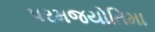
પરમજયોતિમા